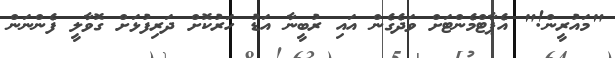
"މައުރީން!" އެޕާޓްމެންޓަށް ވަދެގެން އައި ރުބީނާ އަޑު ހަރުކޮށް ދަރިފުޅަށް ގޮވާލީ ފެންނަން